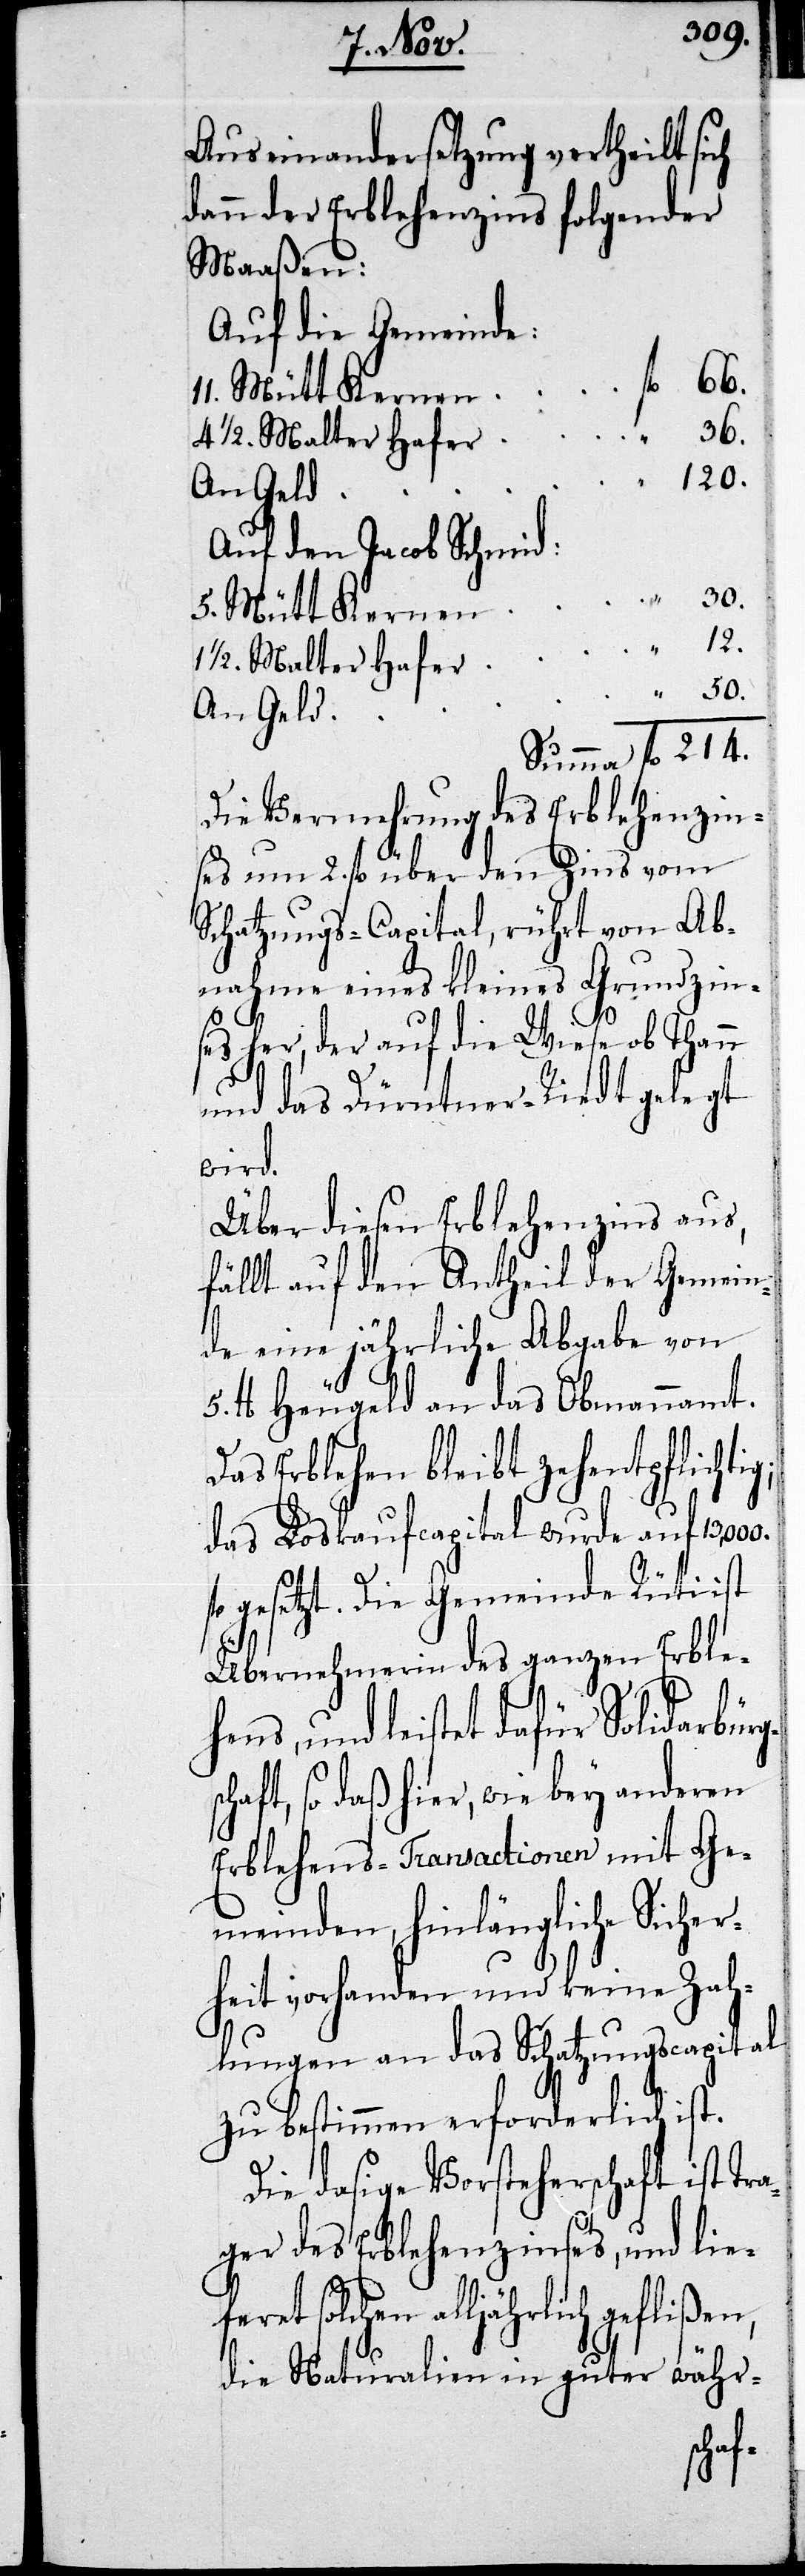
Auseinandersetzung vertheilt sich
dann der Erblehenzins folgender
Maaßen:
Auf die Gemeinde:
4 ½. Malter Hafe¬
120.
Auf den Jacob Schmid:
5. Mütt Kerne¬
1 ½. Malter Hafe¬
An Gel¬
Summa fl. 214.
Die Vermehrung des Erblehenzin¬
ses um 2. fl. über den Zins vom
Schatzungs-Capital, rührt von Ab¬
ses her, der auf die Wiese ob Thann
und das Dürntner-Riedt gelegt
wird.
Über diesen Erblehenzins aus,
fällt auf den Antheil der Gemein¬
de eine jährliche Abgabe von
lb. Heugeld an das Obmannamt.
Das Erblehen bleibt zehentpflichtig;
das Loskaufscapital wurde auf
gesetzt. Die Gemeinde Rüti ist
Übernehmerin des ganzen Erble¬
hens, und leistet dafür Solidarbür¬
chaft, so daß hier, wie bey anderen
Erblehens-Transactionen mit Ge¬
meinden, hinlängliche Sicher¬
heit vorhanden und keine Zah¬
lungen an das Schatzungscapital
zu bestimmen erforderlich ist.
Die dasige Vorsteherschaft ist Tr¬
ager des Erblehenzinses, und lie¬
hen alljährlich geflißen,
die Naturalien in guter währ-
solc¬